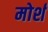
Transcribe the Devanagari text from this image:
मोर्श